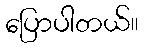
ပြောပါတယ်။